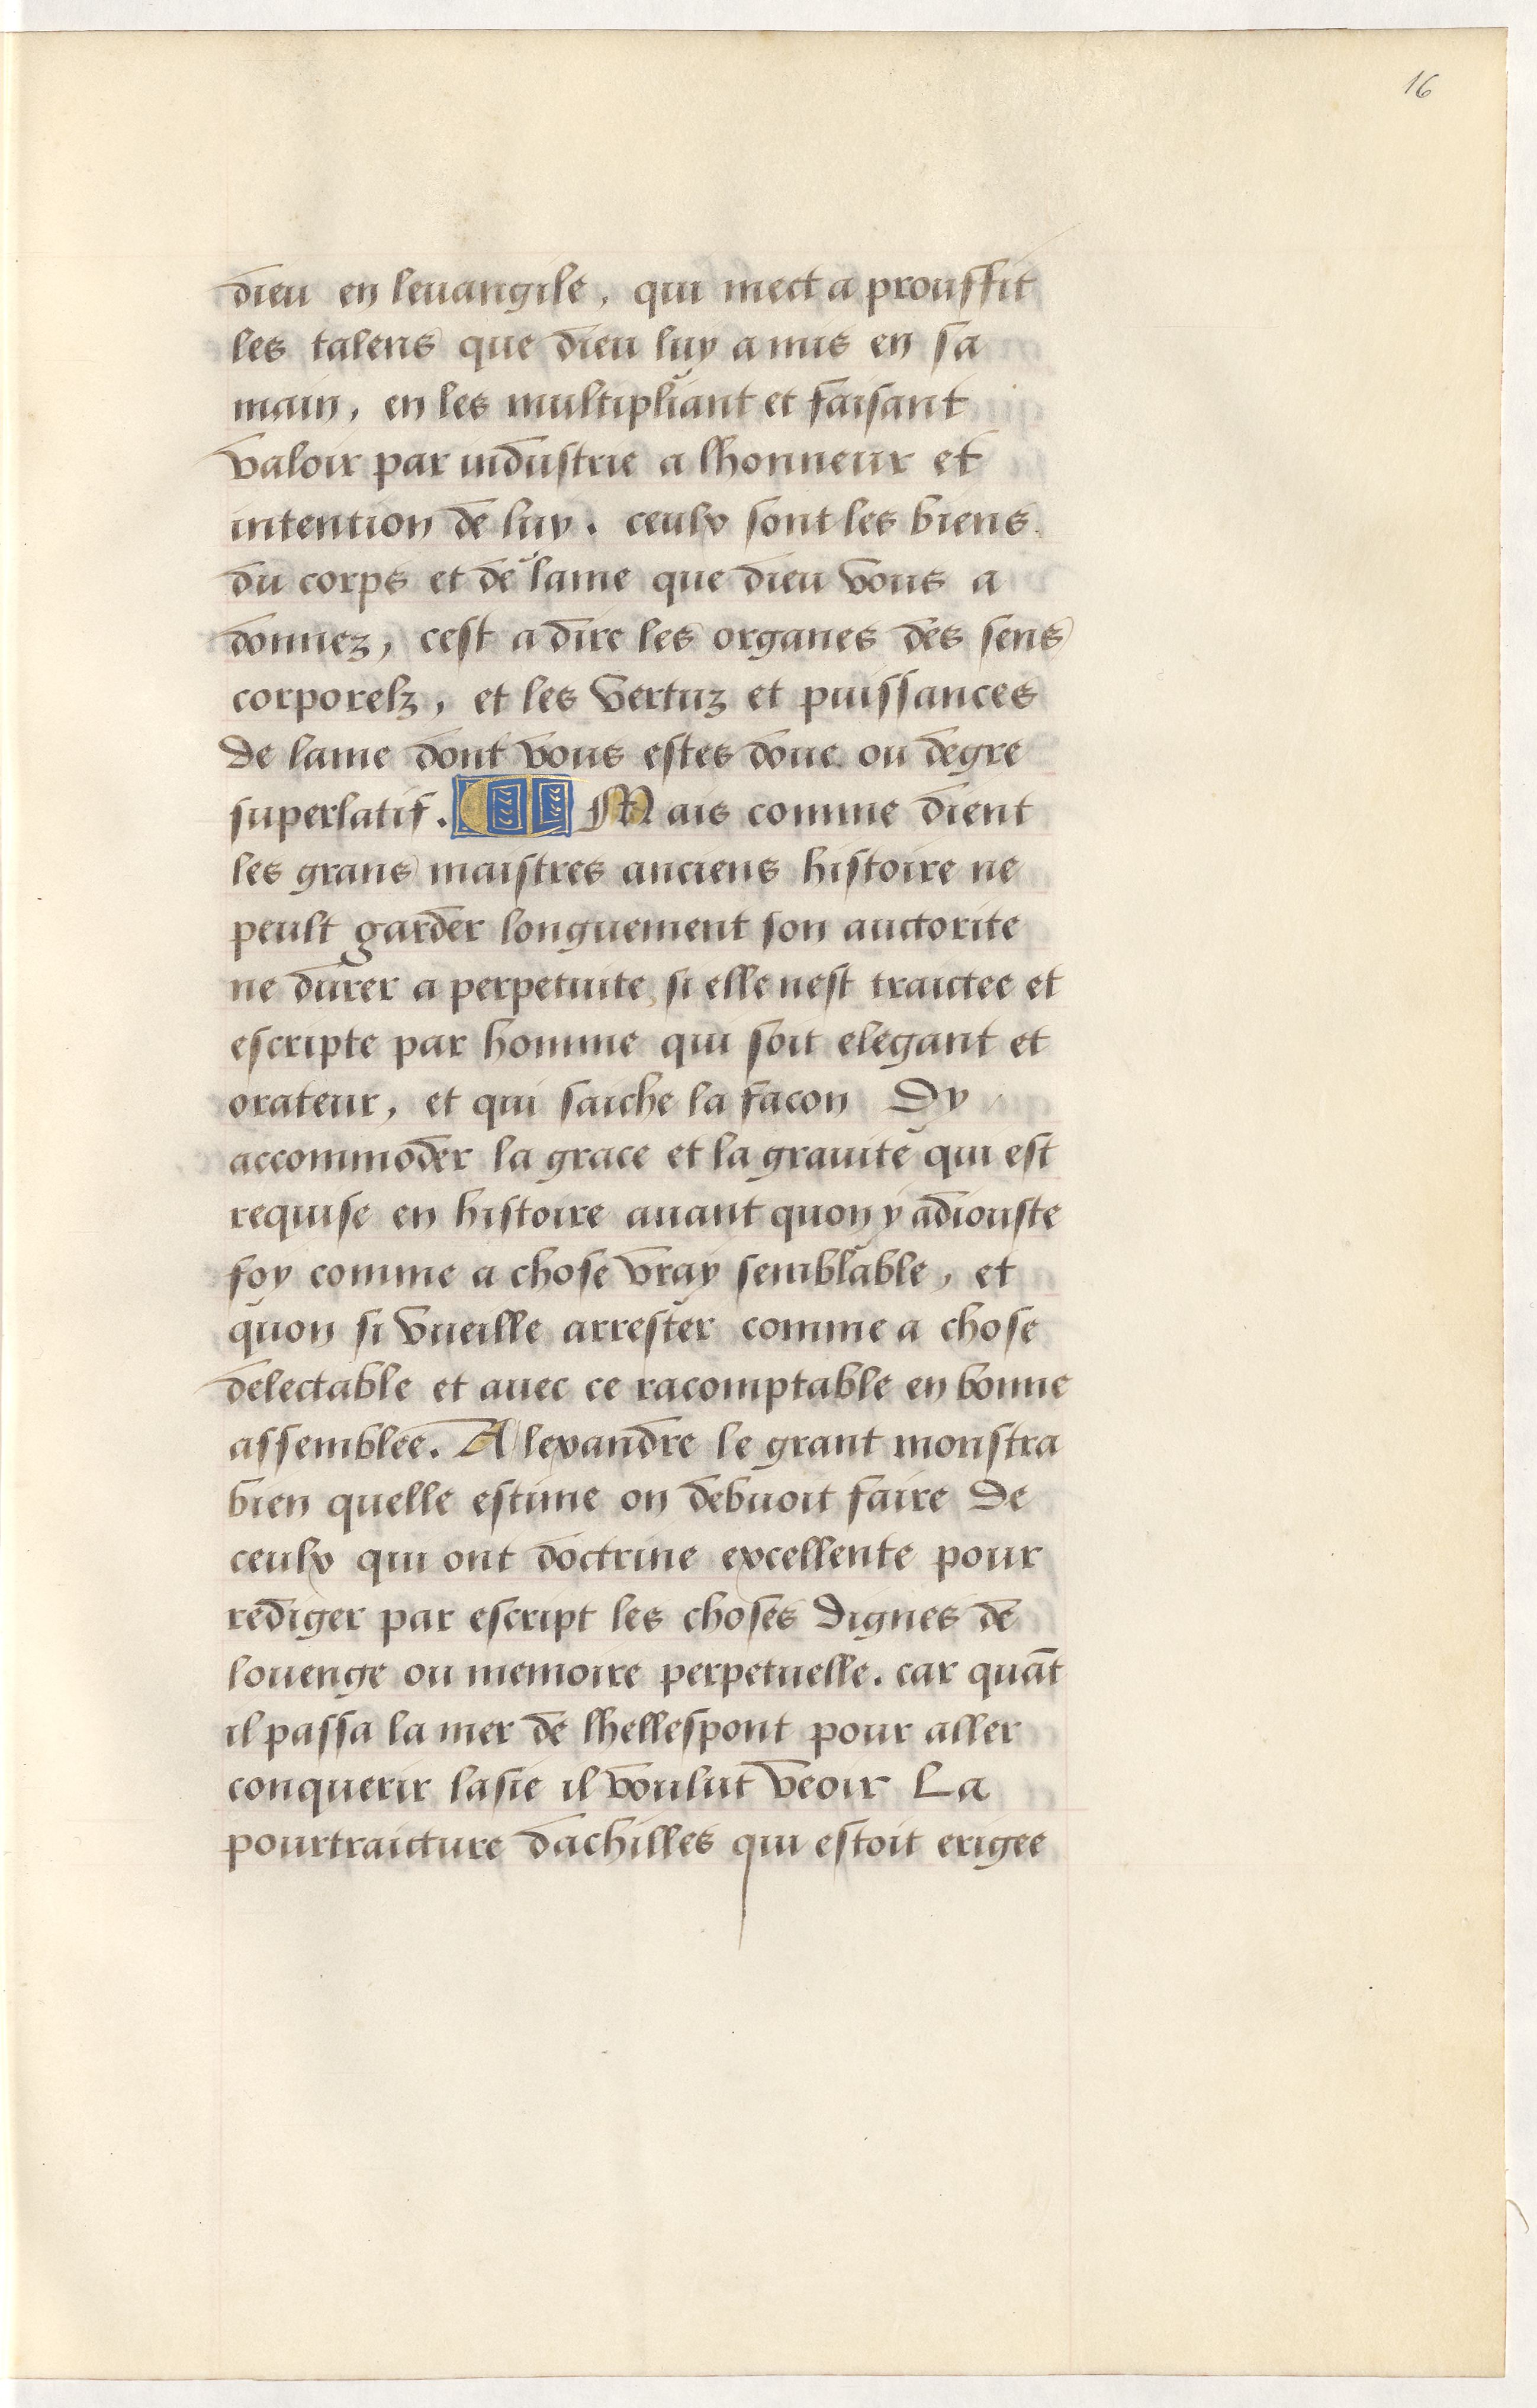
Shelfmark: Paris, BnF, Arsenal, 5103
Century: 15